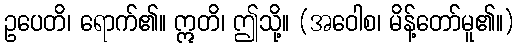
ဥပေတိ၊ ရောက်၏။ ဣတိ၊ ဤသို့။ (အဝေါစ၊ မိန့်တော်မူ၏။)